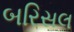
બરિસલ